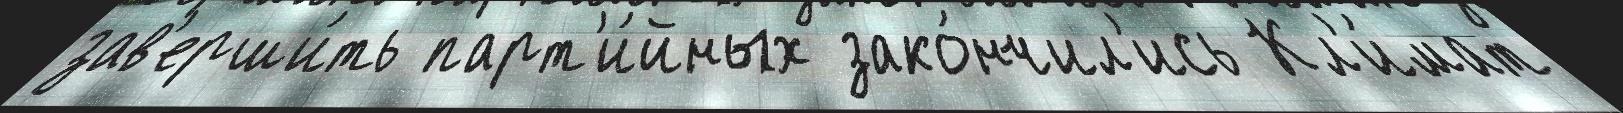
зав'ерши́ть парт'и́йных зако́нчил'ись Кл'и́мат